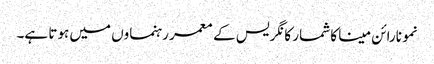
نمو نارائن مینا کا شمار کانگریس کے معمر رہنماوں میں ہوتا ہے۔